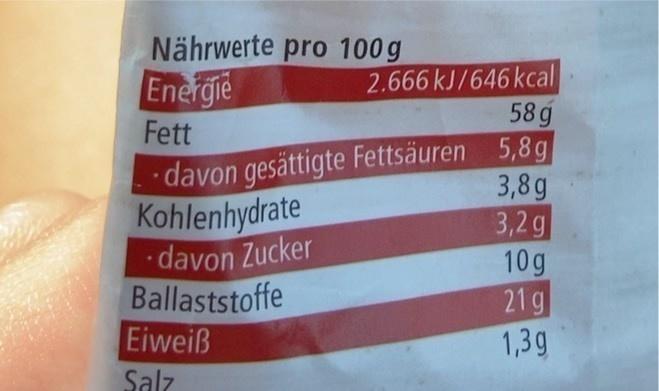
Nährwerte pro 100 g Energie
2.666 kJ/646 kcal 58 g
Fett
davon gesättigte Fettsäuren 5,8g
Kohlenhydrate davon Zucker Ballaststoffe Eiweiß
3,8g 3,2g 10g 21g 1,3g
Salz